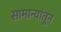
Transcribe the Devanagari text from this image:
सामान्यांतून